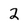
Character: 2